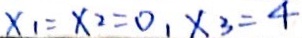
x _ { 1 } = x _ { 2 } = 0 , x _ { 3 } = 4